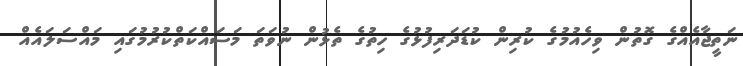
ނަތީޖާއެއްގެ ގޮތުން ވިހެއުމުގެ ކުރިން ކުޑަދަރިފުޅުގެ ހިތުގެ ތެޅުން ނުވަތަ މަސައްކަތްކުރުމުގައި މައްސަލައެއް